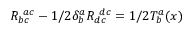
{ \cal R } _ { b c } ^ { ~ a c } - 1 / 2 \delta _ { b } ^ { a } { \cal R } _ { d c } ^ { ~ d c } = 1 / 2 { \cal T } _ { b } ^ { a } ( x )